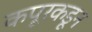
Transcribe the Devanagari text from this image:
कपूरकडून